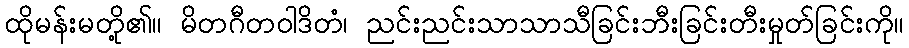
ထိုမန်းမတို့၏။ မိတဂီတဝါဒိတံ၊ ညင်းညင်းသာသာသီခြင်းဘီးခြင်းတီးမှုတ်ခြင်းကို။